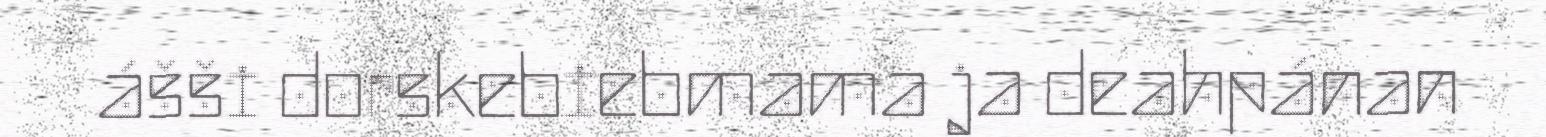
ášši dorskebiebmama ja deahpánan